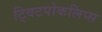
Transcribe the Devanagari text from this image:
ट्विटपोकलिप्स